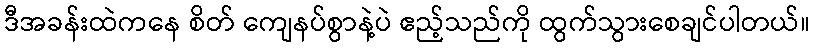
ဒီအခန်းထဲကနေ စိတ် ကျေနပ်စွာနဲ့ပဲ ဧည့်သည်ကို ထွက်သွားစေချင်ပါတယ်။